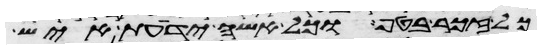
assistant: כל זכר בטף וכל אשה ידעת איש